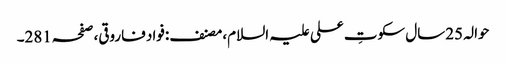
حوالہ 25سال سکوتِ علی علیہ السلام،مصنف:فواد فاروقی،صفحہ281۔